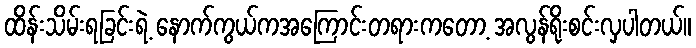
ထိန်းသိမ်းရခြင်းရဲ့ နောက်ကွယ်ကအကြောင်းတရားကတော့ အလွန်ရိုးစင်းလှပါတယ်။